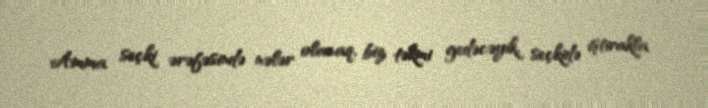
Amma seçki ərəfəsində nələr olacaq, biz təkmi gedəcəyik, seçkidə iştirakla